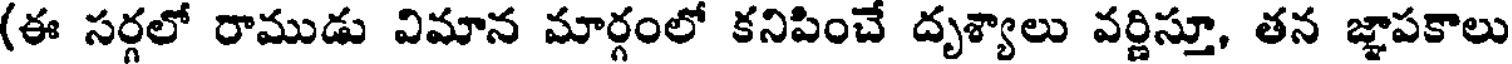
(ఈ సర్గలో రాముడు విమాన మార్గంలో కనిపించే దృశ్యాలు వర్ణిస్తూ, తన జ్ఞాపకాలు